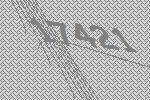
17421